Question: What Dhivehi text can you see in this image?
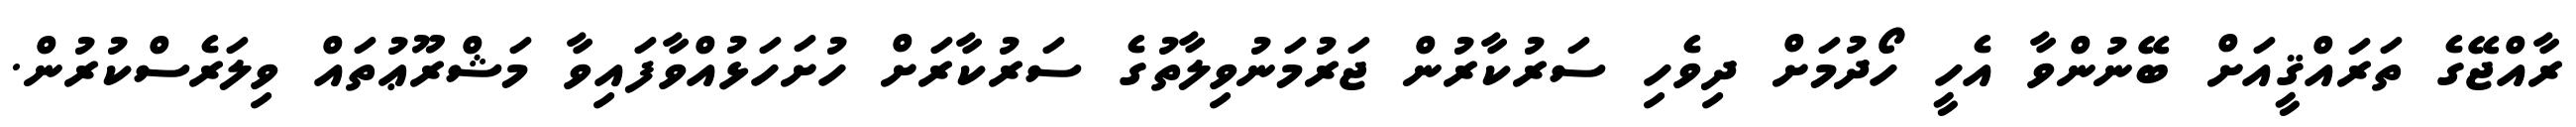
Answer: ރާއްޖޭގެ ތަރައްޤީއަށް ބޭނުންވާ އެހީ ހޯދުމަށް ދިވެހި ސަރުކާރުން ޖަރުމަނުވިލާތުގެ ސަރުކާރަށް ހުށަހަޅުއްވާފައިވާ މަޝްރޫޢުތައް ވިލަރެސްކުރުން.